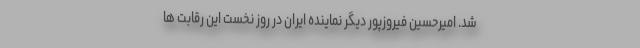
شد. امیرحسین فیروزپور دیگر نماینده ایران در روز نخست این رقابت ها